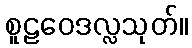
စူဠဝေဒလ္လသုတ်။